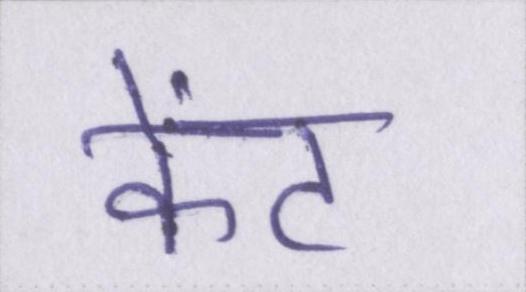
केंट